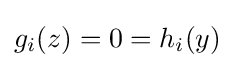
g_{i}(z)=0=h_{i}(y)